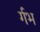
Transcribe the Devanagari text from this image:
र्गभ